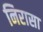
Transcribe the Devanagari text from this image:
निरासा